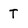
Character: T